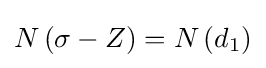
N\left(\sigma -Z\right)=N\left(d_{1}\right)